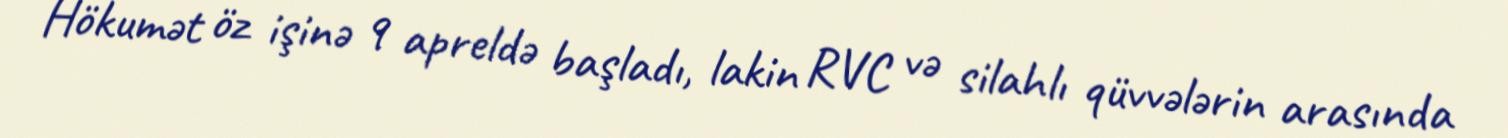
Hökumət öz işinə 9 apreldə başladı, lakin RVC və silahlı qüvvələrin arasında